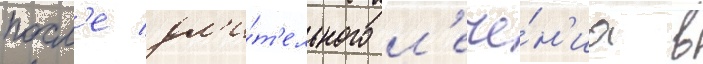
посл'е дл'и́т'ельного л'ече́н'иа в